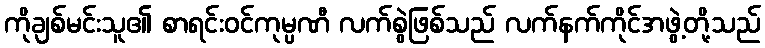
ကိုချစ်မင်းသူ၏ စာရင်းဝင်ကုမ္ပဏီ လက်စွဲဖြစ်သည် လက်နက်ကိုင်အဖွဲ့တို့သည်